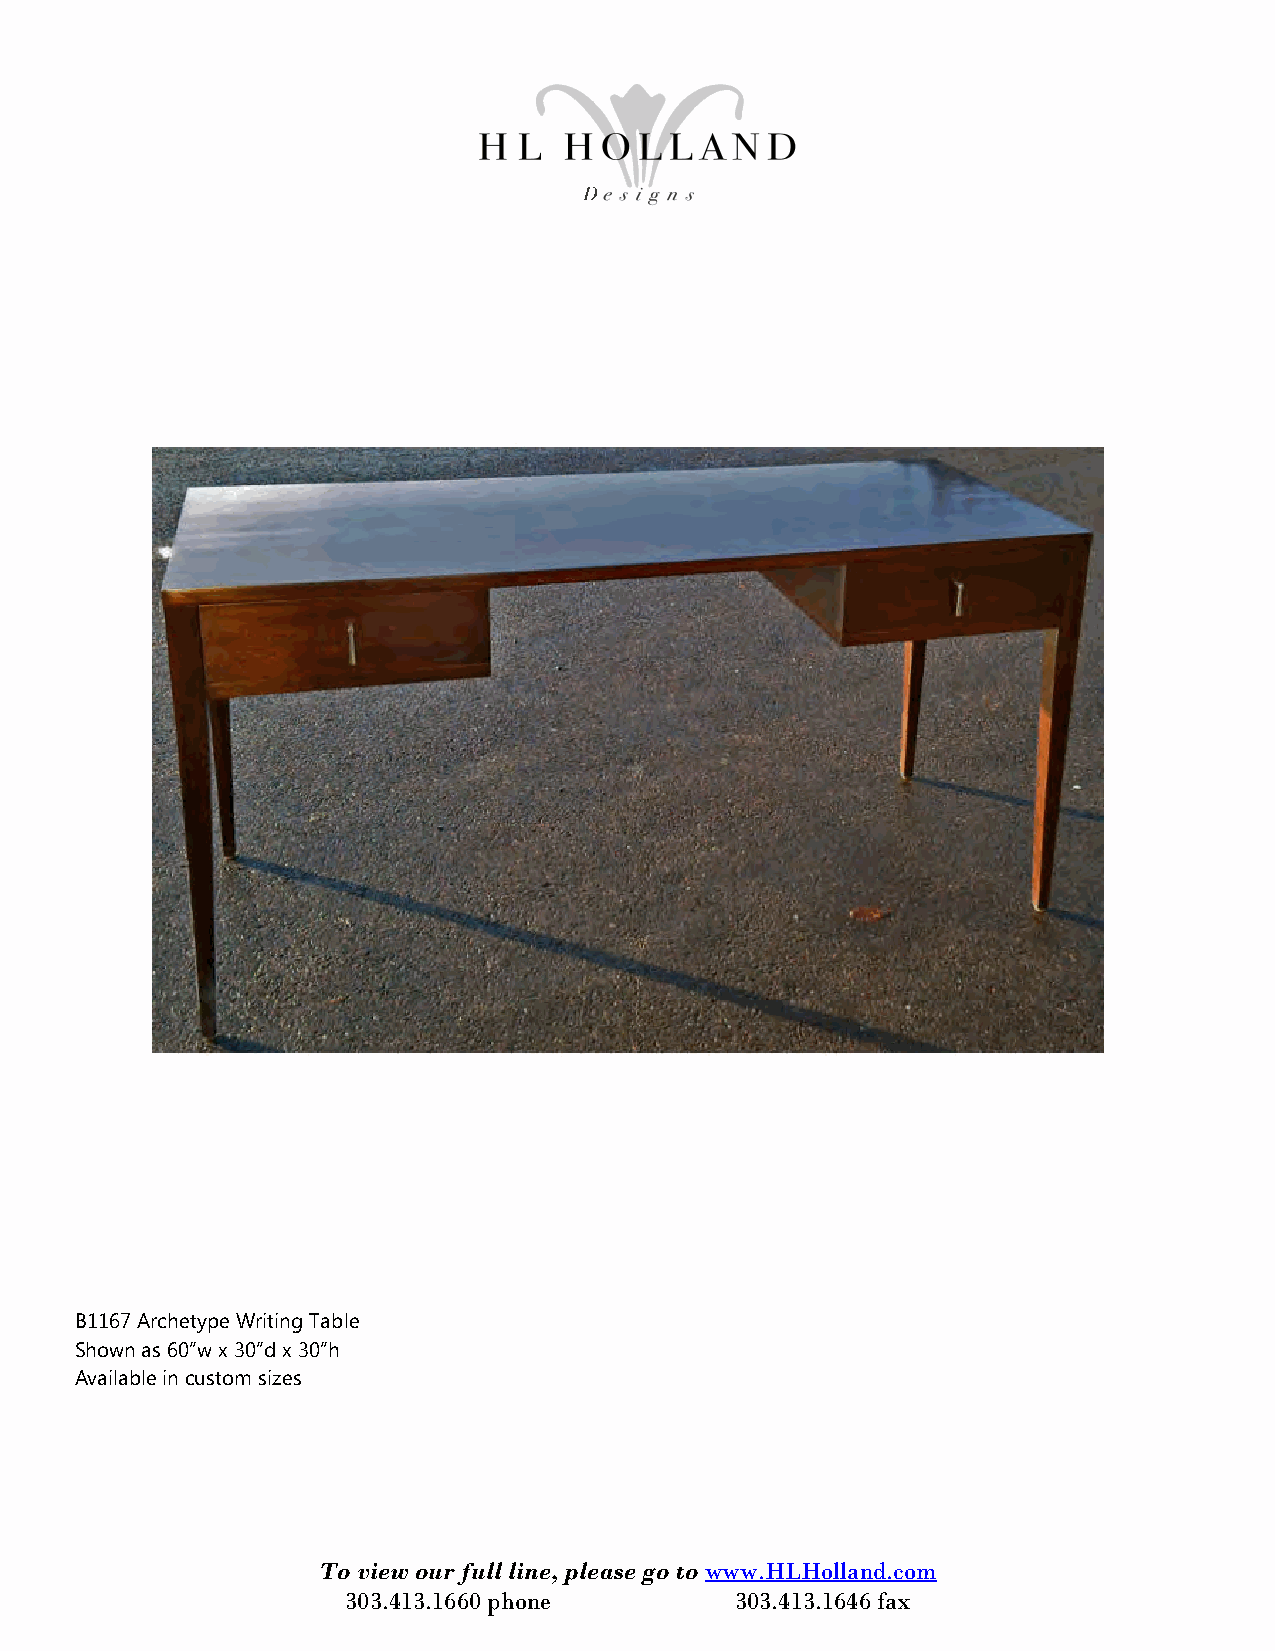
B1167 Archetype Writing Table
 Shown as 60”w x 30”d x 30”h
 Available in custom sizes
 To view our full line, please go to www.HLHolland.com
 303.413.1660 phone        303.413.1646 fax